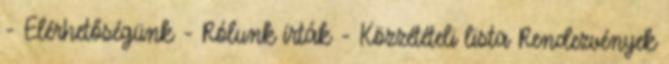
- Elérhetőségünk - Rólunk írták - Közzétételi lista Rendezvények